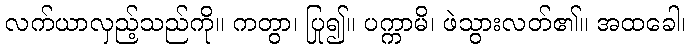
လက်ယာလှည့်သည်ကို။ ကတွာ၊ ပြု၍။ ပက္ကာမိ၊ ဖဲသွားလတ်၏။ အထခေါ၊